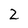
Character: 2